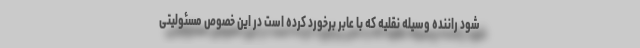
شود راننده وسیله نقلیه که با عابر برخورد کرده است در این خصوص مسئولیتی